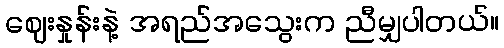
ဈေးနှုန်းနဲ့ အရည်အသွေးက ညီမျှပါတယ်။